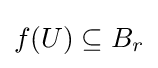
f(U)\subseteq B_{r}